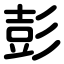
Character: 彭